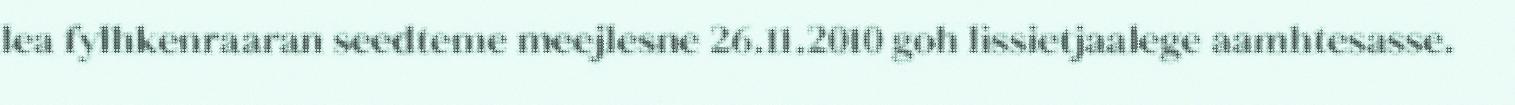
lea fylhkenraaran seedteme meejlesne 26.11.2010 goh lissietjaalege aamhtesasse.